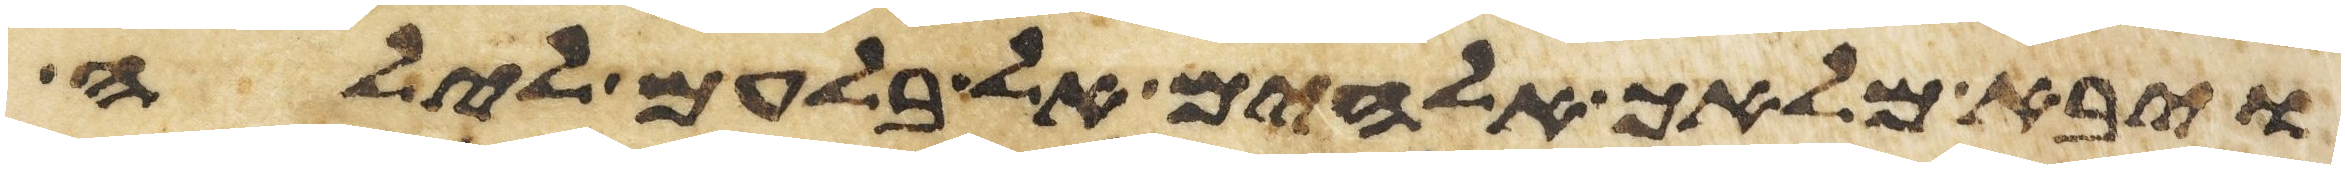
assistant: ויבא מלאך אלהים אל בלעם לילה